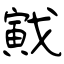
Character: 戭